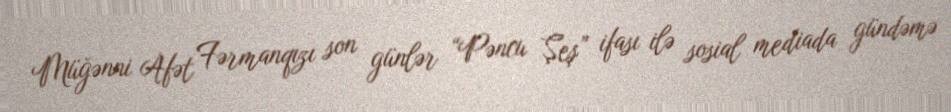
Müğənni Afət Fərmanqızı son günlər “Pəncu Şeş” ifası ilə sosial mediada gündəmə